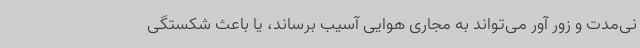
نی‌مدت و زور آور می‌تواند به مجاری هوایی آسیب برساند، یا باعث شکستگی